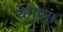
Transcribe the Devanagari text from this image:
चेगुएस